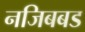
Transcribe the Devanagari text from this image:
नजिबबड